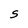
Character: S